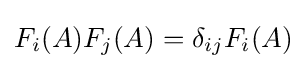
F_{i}(A)F_{j}(A)=\delta _{ij}F_{i}(A)